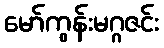
မော်ကွန်းမဂ္ဂဇင်း